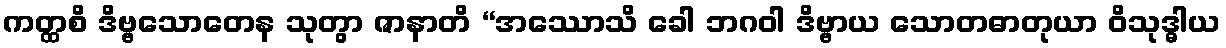
ကတ္ထစိ ဒိဗ္ဗသောတေန သုတွာ ဇာနာတိ “အဿောသိ ခေါ ဘဂဝါ ဒိဗ္ဗာယ သောတဓာတုယာ ဝိသုဒ္ဓါယ